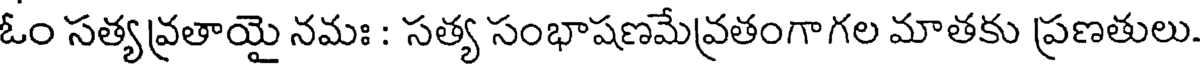
ఓం సత్యవ్రతాయై నమః : సత్య సంభాషణమేవ్రతంగాగల మాతకు ప్రణతులు.